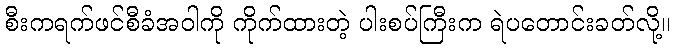
စီးကရက်ဖင်စီခံအဝါကို ကိုက်ထားတဲ့ ပါးစပ်ကြီးက ရဲပတောင်းခတ်လို့။